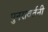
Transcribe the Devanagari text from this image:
पुनरावर्तनी